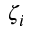
\zeta _ { i }